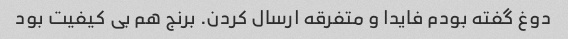
دوغ گفته بودم فایدا و متفرقه ارسال کردن. برنج هم بی کیفیت بود